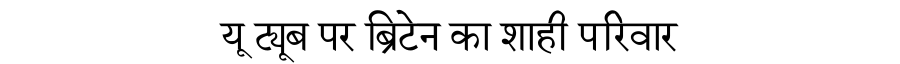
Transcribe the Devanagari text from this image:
यू ट्यूब पर ब्रिटेन का शाही परिवार